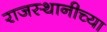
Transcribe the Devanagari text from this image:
राजस्थानीच्या